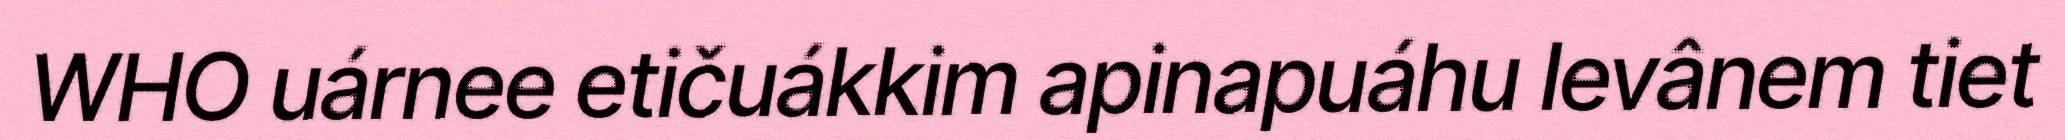
WHO uárnee etičuákkim apinapuáhu levânem tiet